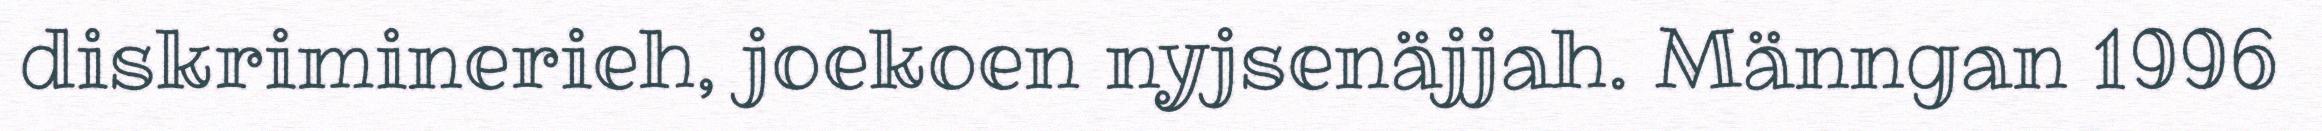
diskriminerieh, joekoen nyjsenäjjah. Männgan 1996